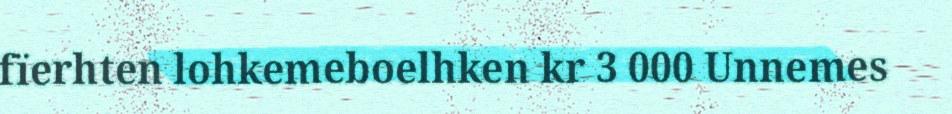
fïerhten lohkemeboelhken kr 3 000 Unnemes